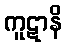
ကူဋာနိ